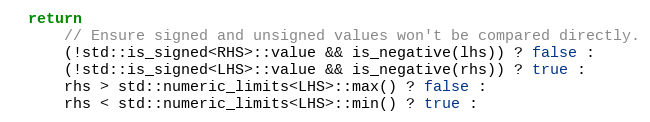
Language: C
  return
      // Ensure signed and unsigned values won't be compared directly.
      (!std::is_signed<RHS>::value && is_negative(lhs)) ? false :
      (!std::is_signed<LHS>::value && is_negative(rhs)) ? true :
      rhs > std::numeric_limits<LHS>::max() ? false :
      rhs < std::numeric_limits<LHS>::min() ? true :